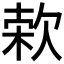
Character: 𣣙